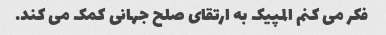
فکر می کنم المپیک به ارتقای صلح جهانی کمک می کند.